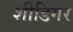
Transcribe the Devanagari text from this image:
शीडिगर